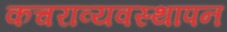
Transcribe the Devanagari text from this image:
कचराव्यवस्थापन